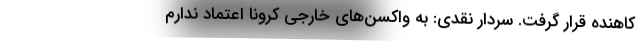
کاهنده قرار گرفت. سردار نقدی: به واکسن‌های خارجی کرونا اعتماد ندارم